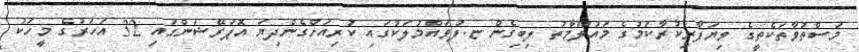
މަސްތުވާތަކެތީގެ ވިޔަފާރިކުރާކަމުގެ މައުލޫމާތު ލިބިގެން ޏ.ފުވައްމުލަކުގައި ކުރިއަށްގެންދިޔަ އޮޕަރޭޝަންގައި 32 އަހަރުގެ މީހަކު